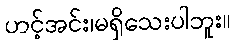
ဟင့်အင်း၊မရှိသေးပါဘူး။